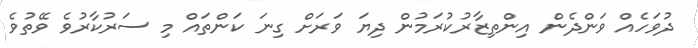
ދުވަހެއް ވަންދެން އިންތިޒާރުކުރަމުން ދިޔަ ވަރަށް ގިނަ ކަންތައް މި ސަރުކާރުވެ ވޭތުވެ